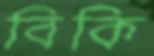
বিকি